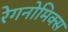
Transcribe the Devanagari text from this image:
रेगनोमिक्स